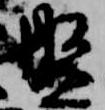
盤